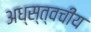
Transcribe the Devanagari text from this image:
अध्स्त्वचीय